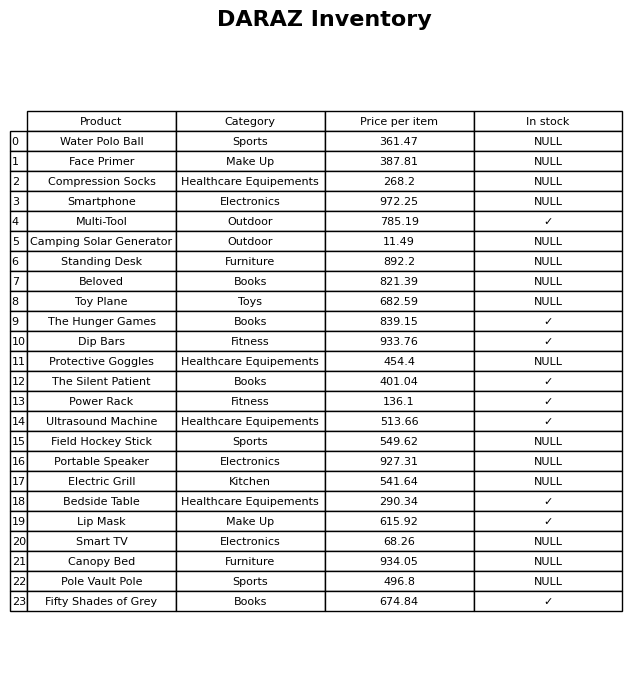
question: What is the price of the Smart TV?
answer: The price of Smart TV is 68.26.